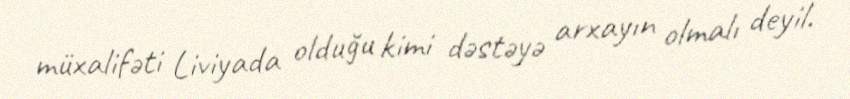
müxalifəti Liviyada olduğu kimi dəstəyə arxayın olmalı deyil.